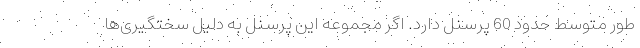
طور متوسط حدود 60 پرسنل دارد. اگر مجموعه این پرسنل به دلیل سختگیری‌ها